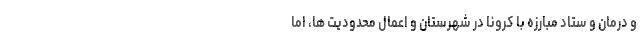
و درمان و ستاد مبارزه با کرونا در شهرستان و اعمال محدودیت ها، اما